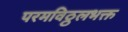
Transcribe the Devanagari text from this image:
परमविठ्ठलभक्त